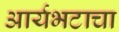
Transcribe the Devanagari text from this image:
आर्यभटाचा